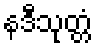
နဒီသုတ္တံ